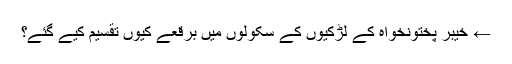
← خیبر پختونخواہ کے لڑکیوں کے سکولوں میں برقعے کیوں تقسیم کیے گئے؟